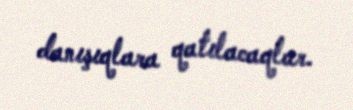
danışıqlara qatılacaqlar.